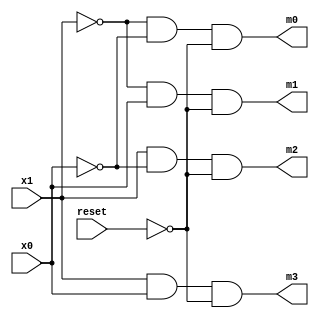
`timescale 1ns / 1ps
//////////////////////////////////////////////////////////////////////////////////
// Company: 
// Engineer: 
// 
// Design Name: 
// Module Name:    Decoder_2to4 
// Project Name: 
// Target Devices: 
// Tool versions: 
// Description: 
//
// Dependencies: 
//
// Revision: 
// Revision 0.01 - File Created
// Additional Comments: 
//
//////////////////////////////////////////////////////////////////////////////////
module Decoder_2to4(
    input x1,x0,reset,
    output m0,m1,m2,m3
    );
assign m0=(~x1&~x0)&(~reset);
assign m1=(~x1&x0)&(~reset);
assign m2=(x1&~x0)&(~reset);
assign m3=(x1&x0)&(~reset);


endmodule